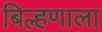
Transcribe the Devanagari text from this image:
बिल्हणाला